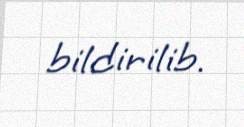
bildirilib.